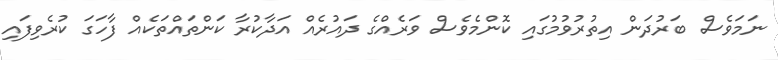
ނަމަވެސް ބަރުދަން އިތުރުވުމުގައި ކޮންމެވެސް ވަރެއްގެ ދައުރެއް އަދާކުރާ ކަންތައްތަކެއް ފާހަގަ ކުރެވިފައި